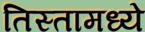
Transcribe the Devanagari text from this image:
तिस्तामध्ये